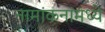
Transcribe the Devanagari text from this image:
नामांकनांमध्ये